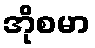
အိုစမာ